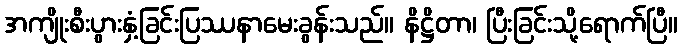
အကျိုးစီးပွားနှံ့ခြင်းပြဿနာမေးခွန်းသည်။ နိဋ္ဌိတာ၊ ပြီးခြင်းသို့ရောက်ပြီ။